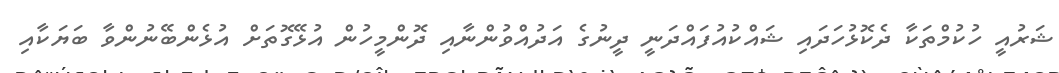
ޝަރުއީ ހުކުމްތަކާ ދެކޮޅުހަދައި ޝައްކުއުފައްދަނީ ދީނުގެ އަދުއްވުންނާއި ދޮންމީހުން އުޅޭގޮތަށް އުޅެންބޭނުންވާ ބަޔަކާއި